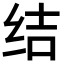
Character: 结